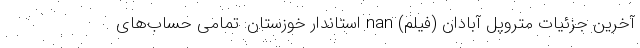
آخرین جزئیات متروپل آبادان (فیلم) nan استاندار خوزستان: تمامی حساب‌های